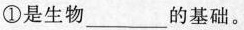
①是生物_的基础。